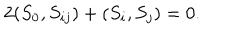
LaTeX: 2 ( S _ { 0 } , S _ { i j } ) + ( S _ { i } , S _ { j } ) = 0 .